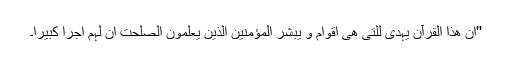
''ان ھذا القرآن یہدی للتی ھی اقوام و یبشّر المؤمنین الذین یعلمون الصّٰلحت ان لہم اجراً کبیراً۔